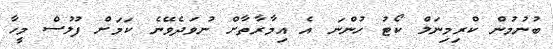
ބުނުމުން ކްރިމިނަލް ކޯޓު ހުންނަ އެ އިމާރާތާށް ނުވަދެވޭނެ ކަމަށް ފުލުސް މީހާ